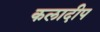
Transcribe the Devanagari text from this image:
कलादीप